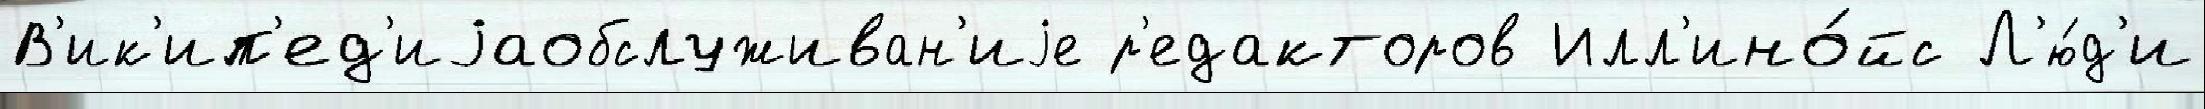
В'ик'ип'ед'иjаобслуживан'иjе р'едакторов Илл'ино́йс Л'ю́д'и